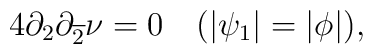
4\partial_{2} \partial_{\overline{2}}\nu = 0~~~(|\psi_{1}|=|\phi|),